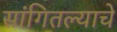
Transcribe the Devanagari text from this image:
सांगितल्याचे